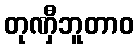
တုဏှီဘူတာဝ